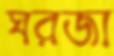
ঘরজা